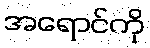
အရောင်ကို